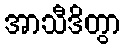
အာသီဒိတွာ